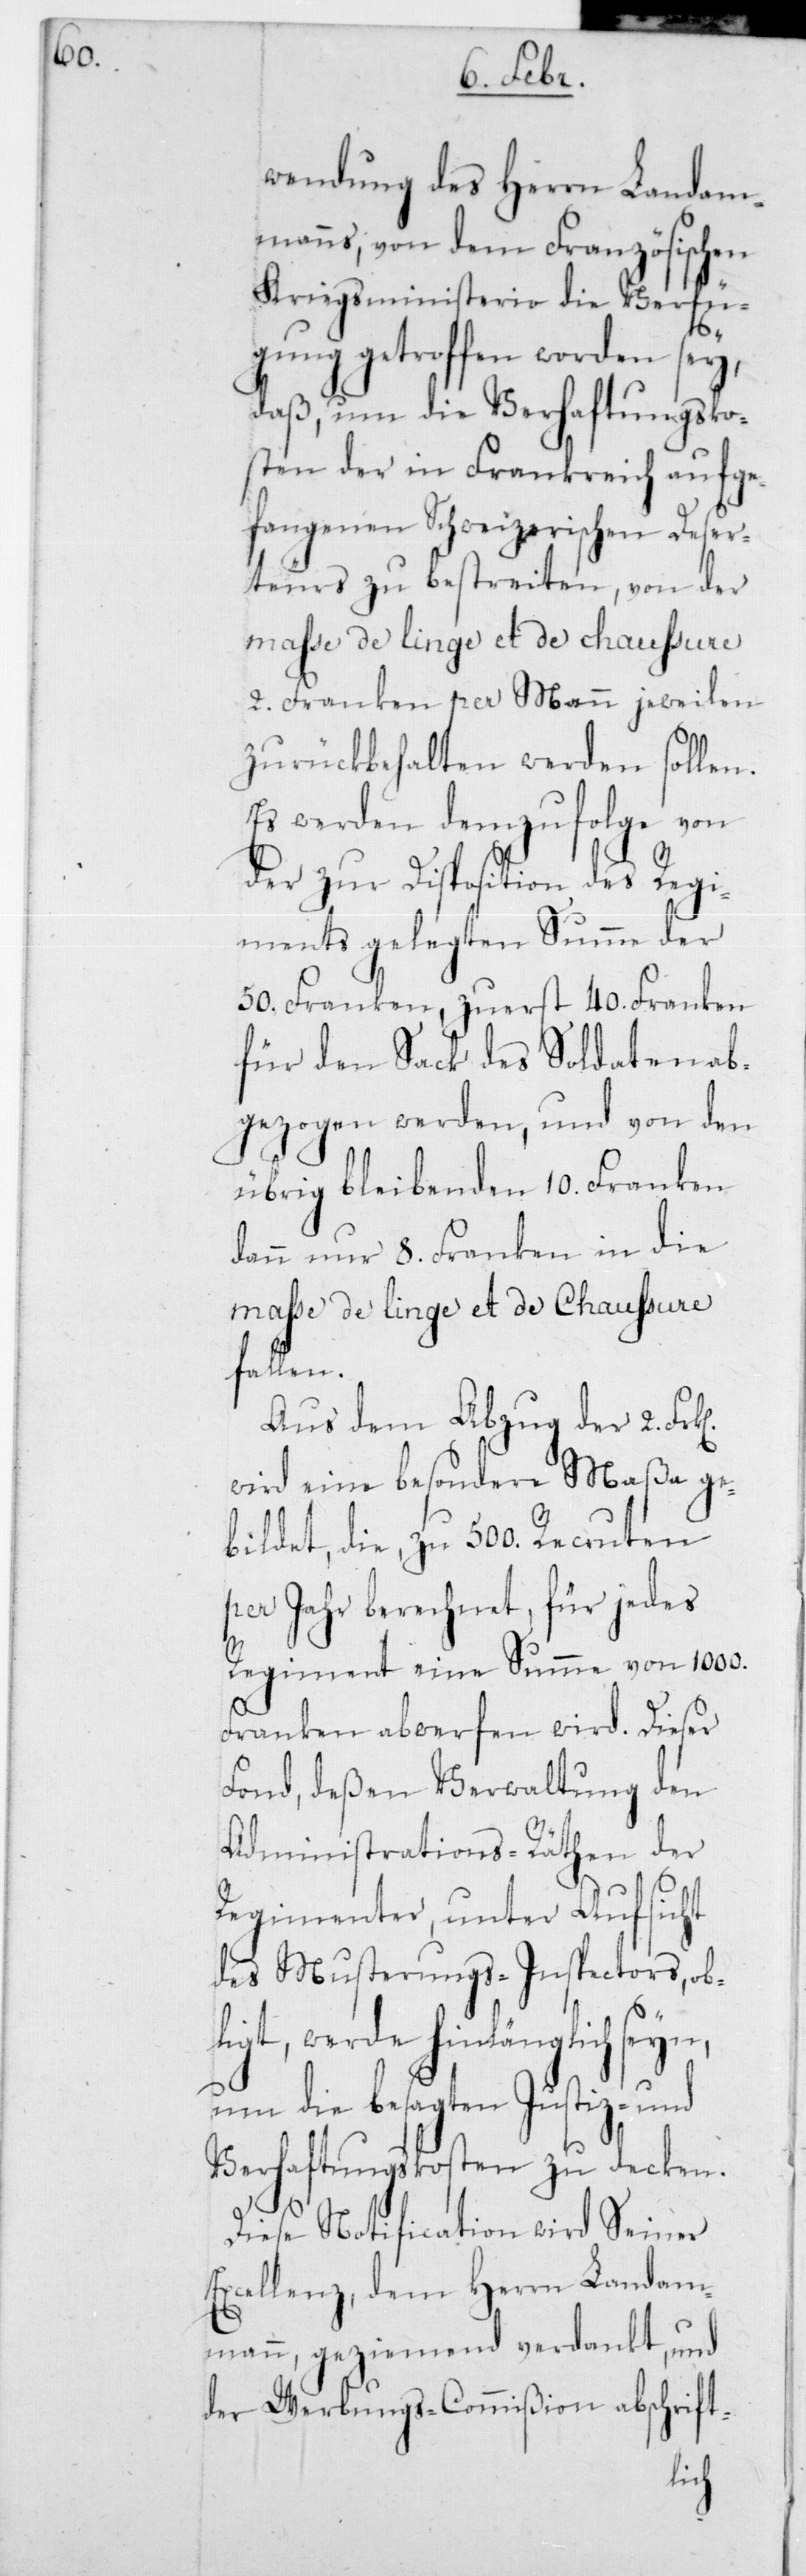
wendung des Herrn Landam¬
manns, von dem Französischen
Kriegsministerio die Verfü¬
gung getroffen worden sey,
daß, um die Verhaftungsko¬
sten der in Frankreich aufge¬
fangenen Schweizerischen Deser¬
teurs zu bestreiten, von der
2 Franken per Mann jeweilen
zurückbehalten werden sollen.
Es werden demzufolge von
der zur Disposition des Regi¬
ments gelegten Summe der
50 Franken, zuerst 40 Franken
für den Sack des Soldaten ab¬
gezogen werden, und von den
übrig bleibenden 10 Franken
dann nur 8 Franken in die
masse de linge et de Chaussure
fallen.
Aus dem Abzug der 2 Frk.
wird eine besondere Maßa ge¬
bildet, die zu 500 Recruten
per Jahr berechnet, für jedes
Regiment eine Summe von 1000
Franken abwerfen wird. Dieser
Fond, deßen Verwaltung den
Administrations-Räthen der
Regimenter, unter Aufsicht
des Musterungs-Inspectors ob¬
liegt, werde hinlänglich seyn,
um die besagten Justiz- u¬
Verhaftungskosten zu decken.
Diese Notification wird Seiner
Excellenz, dem Herrn Landam¬
mann, geziemend verdankt, und
der Werbungs-Commißion abschrift-
nd